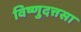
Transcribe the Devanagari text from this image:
विष्णुदत्तसा